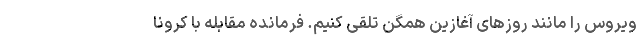
ویروس را مانند روزهای آغازین همگن تلقی کنیم. فرمانده مقابله با کرونا